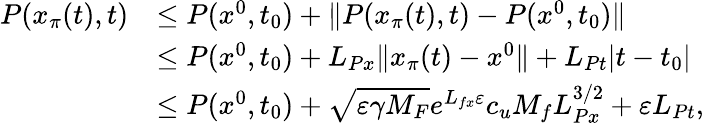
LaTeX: \begin{array}{rl}{P(x_{\pi}(t),t)}&{\le P(x^{0},t_{0})+\| P(x_{\pi}(t),t)-P(x^{0},t_{0})\| }\\ &{\le P(x^{0},t_{0})+L_{Px}\| x_{\pi}(t)-x^{0}\| +L_{Pt}|t-t_{0}|}\\ &{\le P(x^{0},t_{0})+\sqrt{\varepsilon\gamma{M_{F}}}e^{L_{fx}\varepsilon}c_{u}M_{f}L_{Px}^{3/2}+\varepsilon L_{Pt},}\end{array}